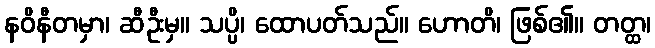
နဝိနီတမှာ၊ ဆီဦးမှ။ သပ္ပိ၊ ထောပတ်သည်။ ဟောတိ၊ ဖြစ်၏။ တတ္ထ၊